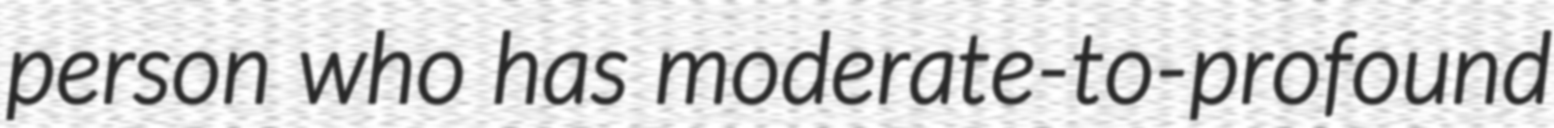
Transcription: person who has moderate-to-profound